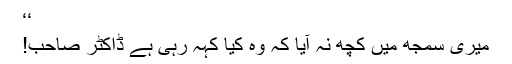
‘‘
میری سمجھ میں کچھ نہ آیا کہ وہ کیا کہہ رہی ہے ڈاکٹر صاحب!